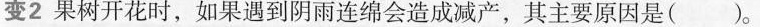
变2果树开花时，如果遇到阴雨连绵会造成减产，其主要原因是()。